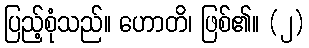
ပြည့်စုံသည်။ ဟောတိ၊ ဖြစ်၏။ (၂)